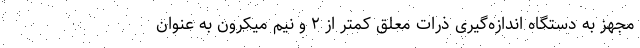
مجهز به دستگاه اندازه‌گیری ذرات معلق کمتر از ۲ و نیم میکرون به عنوان